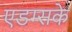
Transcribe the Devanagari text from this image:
एडम्सके